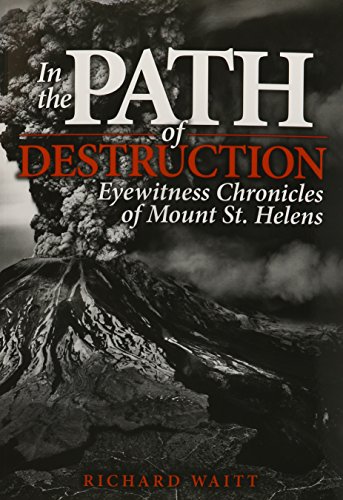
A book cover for In the Path of Destruction: Eyewitness Chronicles of Mount St. Helens; Richard Waitt; Science & Math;